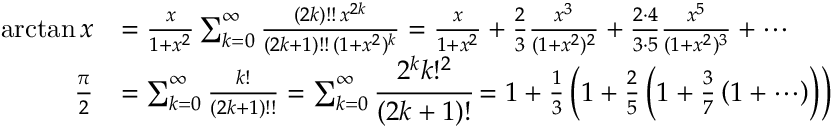
{ \begin{array} { r l } { \arctan x } & { = { \frac { x } { 1 + x ^ { 2 } } } \sum _ { k = 0 } ^ { \infty } { \frac { ( 2 k ) ! ! \, x ^ { 2 k } } { ( 2 k + 1 ) ! ! \, ( 1 + x ^ { 2 } ) ^ { k } } } = { \frac { x } { 1 + x ^ { 2 } } } + { \frac { 2 } { 3 } } { \frac { x ^ { 3 } } { ( 1 + x ^ { 2 } ) ^ { 2 } } } + { \frac { 2 \cdot 4 } { 3 \cdot 5 } } { \frac { x ^ { 5 } } { ( 1 + x ^ { 2 } ) ^ { 3 } } } + \cdots } \\ { { \frac { \pi } { 2 } } } & { = \sum _ { k = 0 } ^ { \infty } { \frac { k ! } { ( 2 k + 1 ) ! ! } } = \sum _ { k = 0 } ^ { \infty } { \cfrac { 2 ^ { k } k ! ^ { 2 } } { ( 2 k + 1 ) ! } } = 1 + { \frac { 1 } { 3 } } \left( 1 + { \frac { 2 } { 5 } } \left( 1 + { \frac { 3 } { 7 } } \left( 1 + \cdots \right) \right) \right) } \end{array} }